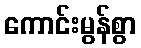
ကောင်းမွန်စွာ